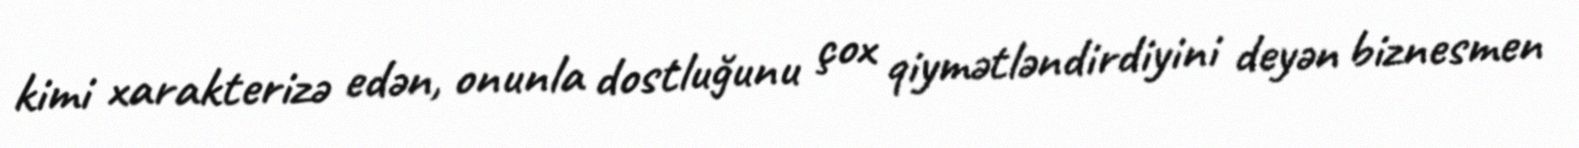
kimi xarakterizə edən, onunla dostluğunu çox qiymətləndirdiyini deyən biznesmen